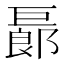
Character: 𢀨